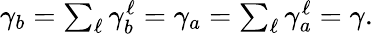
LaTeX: \begin{array}{r}{\gamma_{b}=\sum_{\ell}\gamma_{b}^{\ell}=\gamma_{a}=\sum_{\ell}\gamma_{a}^{\ell}=\gamma.}\end{array}